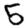
Digit: 5